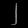
Digit: ၂